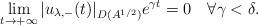
LaTeX: \begin{align*}\lim_{t\to +\infty}|u_{\lambda,-}(t)|_{D(A^{1/2})}e^{\gamma t}=0\quad\forall\gamma<\delta.\end{align*}